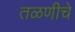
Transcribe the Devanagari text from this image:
तळणीचे